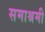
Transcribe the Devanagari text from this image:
समाश्रमी